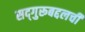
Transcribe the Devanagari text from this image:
सद्‌गुरूबद्दलची